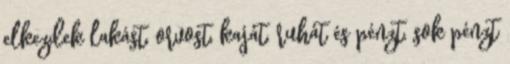
elkezdek lakást, orvost, kaját, ruhát és pénzt, sok pénzt